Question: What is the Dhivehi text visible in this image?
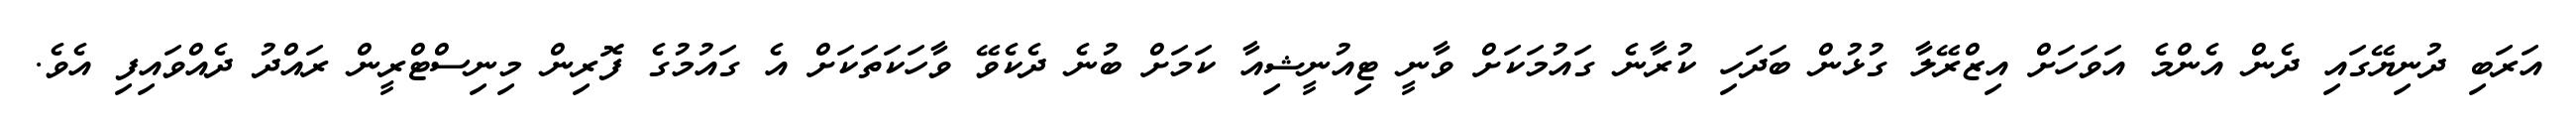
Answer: އަރަބި ދުނިޔޭގައި ދެން އެންމެ އަވަހަށް އިޒްރޭލާ ގުޅުން ބަދަހި ކުރާނެ ގައުމަކަށް ވާނީ ޓިއުނީޝިއާ ކަމަށް ބުނެ ދެކެވޭ ވާހަކަތަކަށް އެ ގައުމުގެ ފޮރިން މިނިސްޓްރީން ރައްދު ދެއްވައިފި އެވެ.